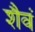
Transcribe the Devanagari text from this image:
शैवं